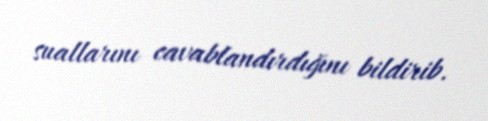
suallarını cavablandırdığını bildirib.